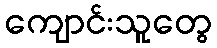
ကျောင်းသူတွေ